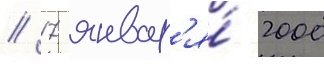
// 17 январ'я́ 2000